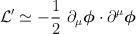
LaTeX: \begin{align*}{\cal{L}}'\simeq -\frac{1}{2}~\partial_\mu \mbox{\boldmath$\phi$} \cdot \partial^\mu \mbox{\boldmath$\phi$}\end{align*}